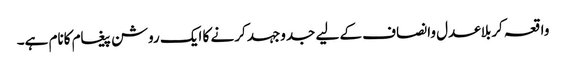
واقعہ کربلاعدل وانصاف کے لیے جدوجہد کرنے کا ایک روشن پیغام کانام ہے۔